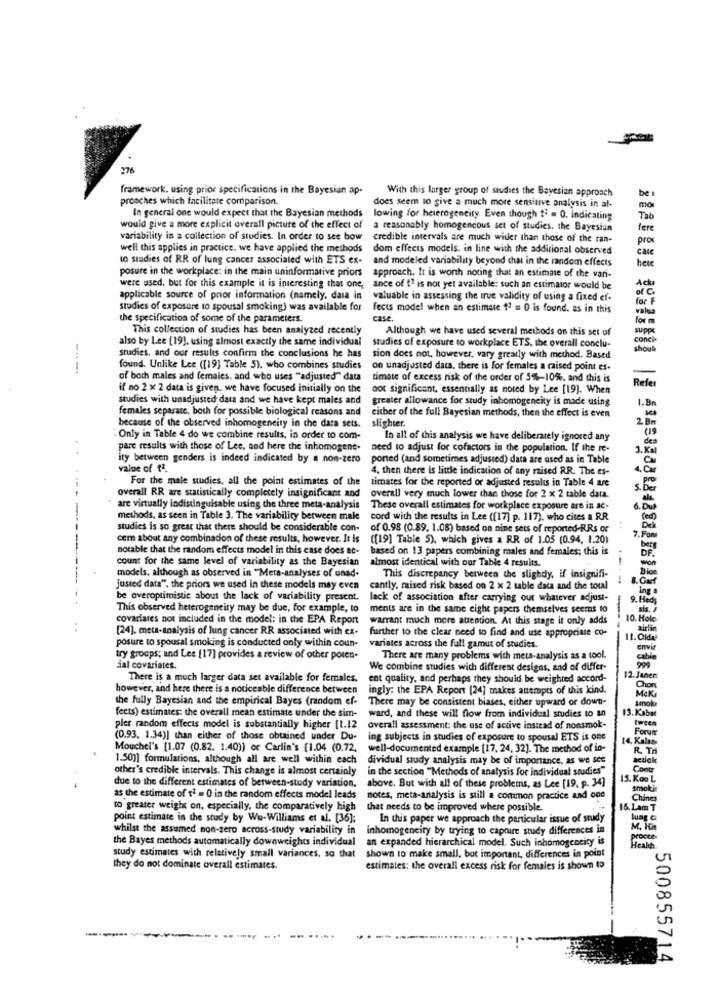
276
framework. using prior specifications in the Bayesian ap-
With this larger group of studies the Bayesian approach
prosches which facilitate comparison.
be
does seem to give a much more sensitive analysis in al-
moi
In general one would expect that the Bayesian methods lowing for heterogeneity Even though t' = 0. indicating
Tab
would give a more explicit overall picture of the effect of a reasonably homogeneous set of studies. the Bayesiun
fere
variability in a collection of studies. In order to see bow credible intervals are much wider than those of the ran-
pro
well this applies in practice. we have applied the methods
dom effects models. in line with the additional observed
cale
to studies of RR of lung cancer associated with ETS ex-
and modeled variability beyond chat in the random effects
posure in the workplace: in the main uninformative priors
hete
approach. It is worth noting that an estimate of the vari-
were used, but for this example it is interesting that one, ance of t' is not yet available: such an estimator would be
Ack
applicable source of prior information (namely, data in
valuable in assessing the true validity of using a fixed ef.
for
& C
studies of exposure to spousal smoking) was available for
fects model when an estimate 17 = 0 is found. as in this
valua
the specification of some of the parameters.
case .
for m
This collection of studies has been analyzed recently
Although we have used several methods on this set of
suppo
also by Lee (19], using almost exactly the same individual
studies of exposure to workplace ETS. the overall conclu-
conci
shout
studies, and our results confirm the conclusions he has
sion does not, however, vary greatly with method. Based
found. Unlike Lee ([19] Table 5). who combines studies
on unadjusted data, there is for females a raised point es-
-
of both males and females, and who uses "adjusted" data
timate of excess risk of the order of 5%-10%, and this is
Refer
if no 2 x 2 data is given. we have focused initially on the
not significant, essentially as noted by Lee [19]. When
studies with unadjusted data and we have kept males and
greater allowance for study inhomogeneity is made using
1.Bn
females separate. both for possible biological reasons and
either of the full Bayesian methods, then the effect is even
slighter.
2 BM
because of the observed inhomogeneity in the data sets.
" Only in Table 4 do we combine results, in order to com-
In all of this analysis we have deliberately ignored any
des
pare results with those of Lee, and here the inhomogene-
need to adjust for cofactors in the population. If the re-
3.Kal
ity between genders is indeed indicated by a non-zero
ported (and sometimes adjusted) data are used as in Table
value of fª.
4. then there is little indication of any raised RR. The es-
4.C
For the male studies, all the point estimates of the
timates for the reported or adjusted results in Table 4 are
5.6
overall RR are statistically completely insignificant and
overall very much lower than those for 2 x 2 table data.
are virtually indistinguisable using the three meta-analysis
These overall estimates for workplace exposure are in ac-
6.D
methods, as seen in Table 3. The variability between male
cord with the results in Lee ([17] p. 117). who cites a RR
studies is so great that there should be considerable con-
of 0.98 (0.89. 1.08) based on nine sets of reported-RRs or
cem about any combination of these results, however. It is
([19] Table 5), which gives a RR of 1.05 (0.94. 1.20)
.Pom
notable that the random effects model in this case does ac-
based on 13 papers combining males and females; this is
count for the same level of variability as the Bayesian
almost identical with our Table 4 results.
DF.
Dice
models, although as observed in "Meta-analyses of unad-
This discrepancy between the slighdy, if insignifi-
justed data". the priors we used in these models may even
cantly, maised risk based on 2 x 2 table data and the total
Ing
be overoptimistic about the lack of variability present.
lack of association after carrying out whatever adjust-
9. Heds
This observed heterogeneity may be due, for example, to
ments are in the same eight papers themselves seems to
sis."
covariates not included in the model: in the EPA Report
warrant much more attention. At this stage it only adds
10. Hole
..
[24]. meta-analysis of lung cancer RR associated with ex-
further to the clear need to find and use appropriate co-
airlin
11.Olde
posure to spousal smoking is conducted only within coun-
variates across the full gamut of studies.
envir
try groups; and Lee [17] provides a review of other poren.
There are many problems with meta-analysis as a tool.
cabin
dal covariates.
We combine studies with different designs, and of differ-
12. Janen:
There is a much larger data set available for females.
ent quality, and perhaps they should be weighted accord-
however, and here there is a noticeable difference between
ingly: the EPA Report [24] makes atempts of this kind.
MEK
the fully Bayesian and the empirical Bayes (random ef-
There may be consistent biases, either upward or down-
Amok
fects) estimates: the overall mean estimate under the sim-
13. Kabar
ward, and these will flow from individual studies to an
tween
pler random effects model is substantially higher [t.12
overall assessment: the use of active instead of nonsmok-
Forum
(0.93. 1.34)] than either of those obtained uader Du-
ing subjects in studies of exposure to spousal ETS is one
14. Kalas
Mouchel's [1.07 (0.82. 1.40)) or Carlin's [1.04 (0.72.
well-documented example [17, 24, 32]. The method of in-
R. TH
1.501] formulations, although all are well within each
dividual study analysis may be of importance, as we sce
other's credible intervals. This change is almost certainly
in the section "Methods of analysis for individual studies"
Cont
due to the different estimates of between-study variation.
15. KooL
above. But with all of these problems, as Lee [19. 9. 34]
smokin
as the estimate of t2 = 0 in the random effects model leads
notes, meta-analysis is still a common practice and one
Chánea
to greater weight on, especially, the comparatively high
that needs to be improved where possible.
16. Lam T
point estimate in the study by Wu-Williams et al. [36];
In this paper we approach the particular issue of study
lung &
whilst the assumed non-zero across-study variability in
inhomogeneity by trying to capire study differences in
M. KOM
the Bayes methods automatically downweights individual
an expanded hierarchical model. Such inhomogeneity is
Healer
study estimates with relatively small variances, so that
shown to make small, but important, differences in point
they do not dominate overall estimates.
estimates: the overall excess risk for females is shown to
500855714